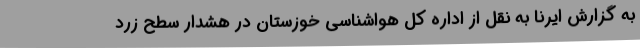
به گزارش ایرنا به نقل از اداره کل هواشناسی خوزستان در هشدار سطح زرد